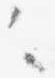
々